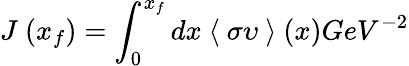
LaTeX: J~(x_{f})=\int_{0}^{x_{f}}dx~\langle~\sigma\upsilon~\rangle~(x)GeV^{-2}